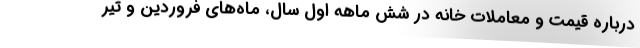
درباره قیمت و معاملات خانه در شش ماهه اول سال، ماه‌های فروردین و تیر